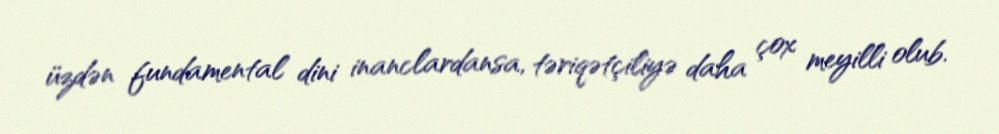
üzdən fundamental dini inanclardansa, təriqətçiliyə daha çox meyilli olub.